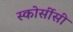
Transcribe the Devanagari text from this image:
स्कोर्सीसी